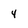
Character: 4